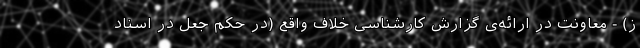
ز) - معاونت در ارائه‌ی گزارش کارشناسی خلاف واقع (در حکم جعل در اسناد